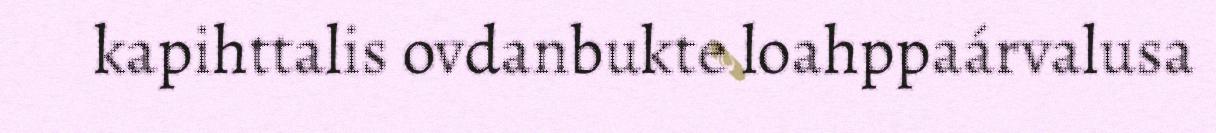
kapihttalis ovdanbukte loahppaárvalusa